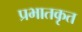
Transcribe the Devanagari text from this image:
प्रभातकृत